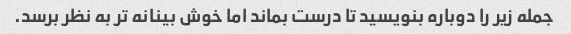
جمله زیر را دوباره بنویسید تا درست بماند اما خوش بینانه تر به نظر برسد.